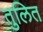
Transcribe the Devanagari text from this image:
तुलित